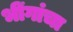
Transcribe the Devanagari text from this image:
भींगांचा